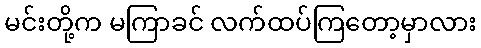
မင်းတို့က မကြာခင် လက်ထပ်ကြတော့မှာလား